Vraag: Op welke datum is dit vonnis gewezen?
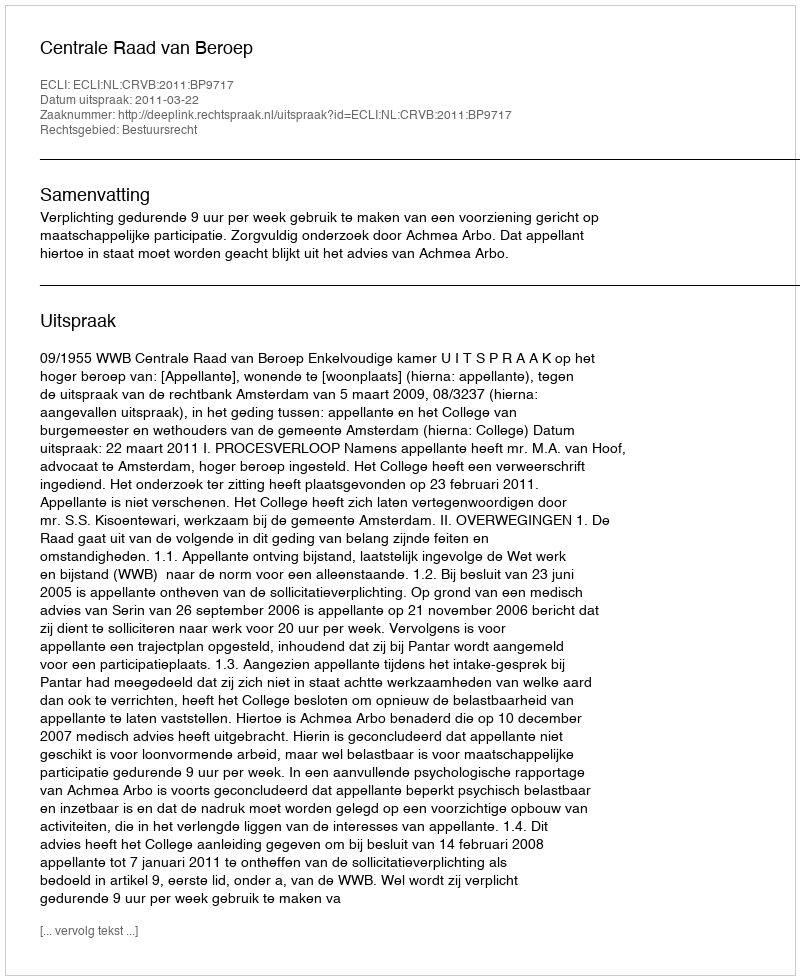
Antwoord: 2011-03-22